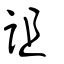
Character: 詛